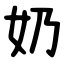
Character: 奶